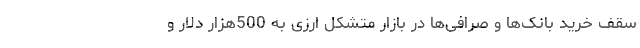
سقف خرید بانک‌ها و صرافی‌ها در بازار متشکل ارزی به 500هزار دلار و